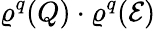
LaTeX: \varrho^{q}(Q)\cdot\varrho^{q}(\mathcal{E})